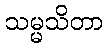
သမ္မသိတာ